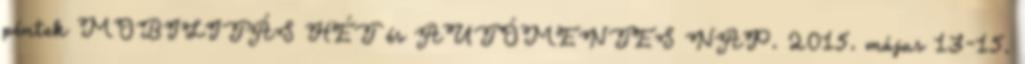
péntek MOBILITÁS HÉT és AUTÓMENTES NAP. 2015. május 13-15.